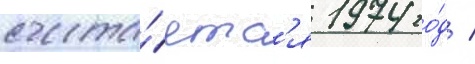
счита́етс'я 1974 го́д /